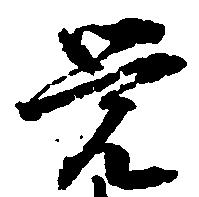
覚